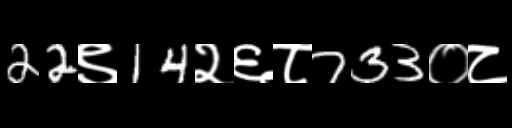
Text: 22९14२६८733०८